Trukikaitis_Postimees, lk 25
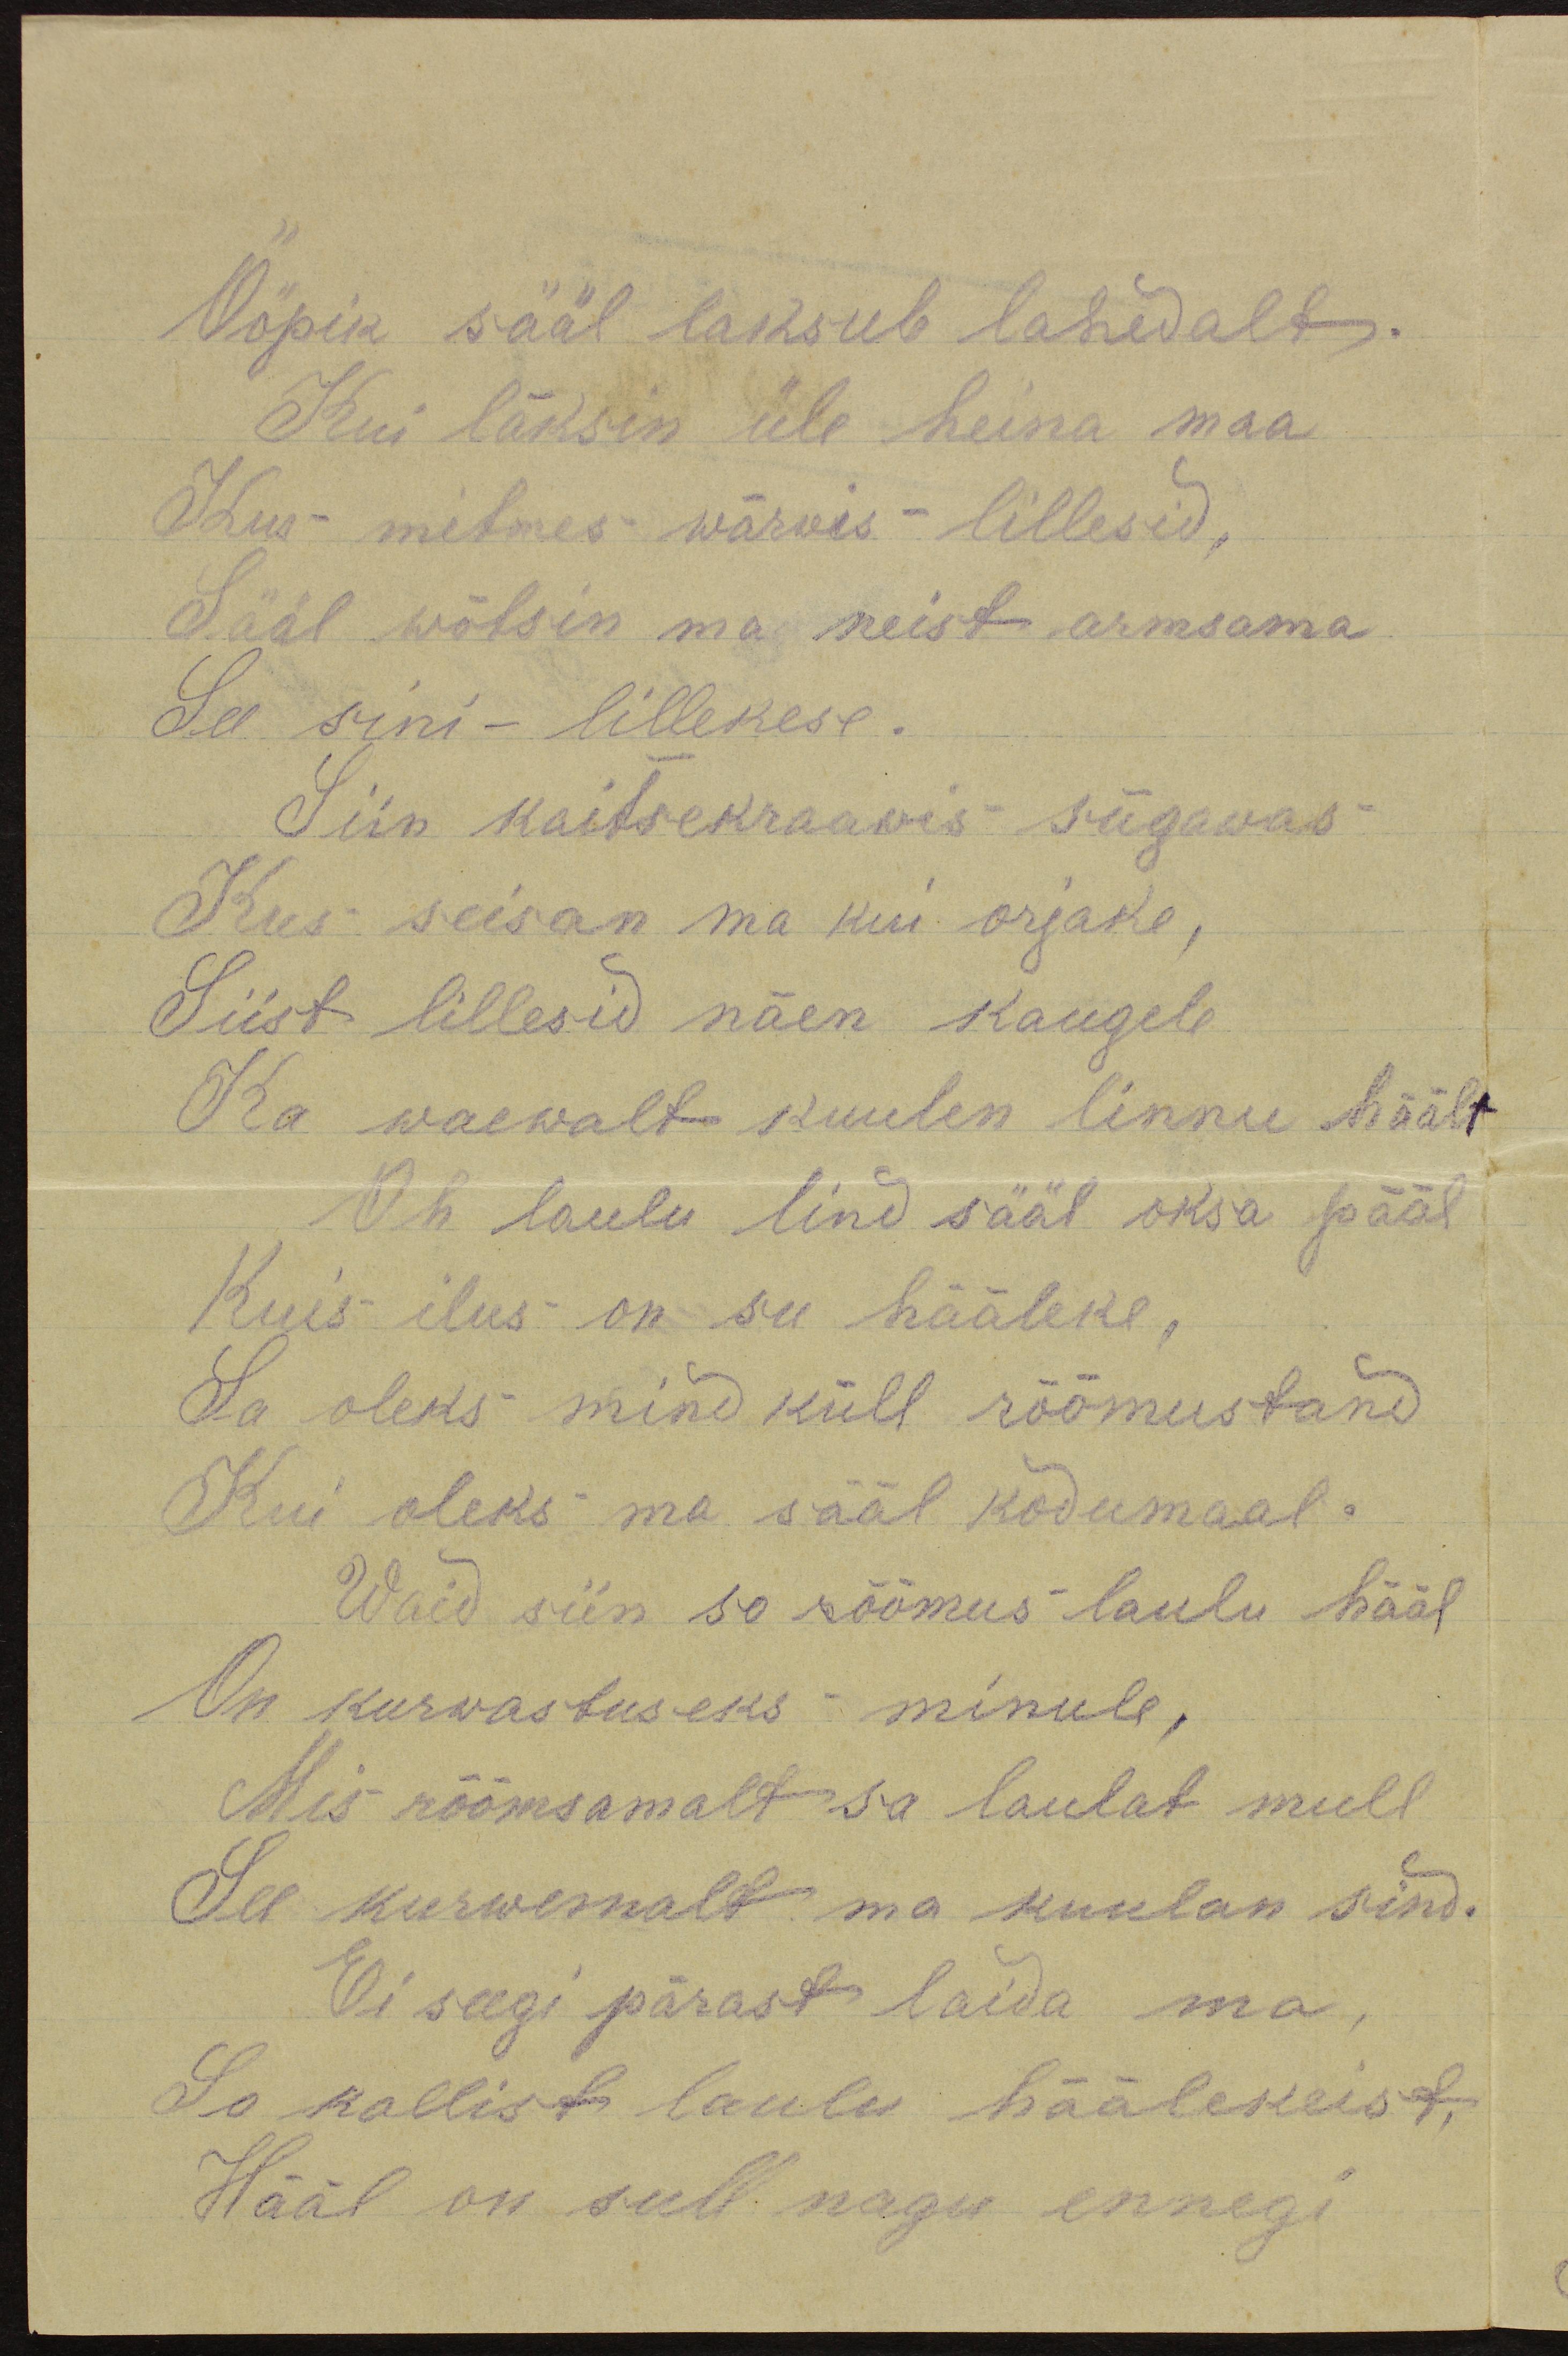
Ööpik sääl laksub lahedalt.
Kui läksin üle heina maa
Kus mitmes wärwis lillesid,
Sääl wõtsin ma neist armsama
See sini - lillekese.
Siin kaitsekraawis sügawas
Kus seisan ma kui orjake,
Siist lillesid näen kaugele
Ka waewalt kuulen linnu häält
Oh laulu lind sääl oksa pääl
Kuis ilus on su hääleke,
Sa oleks mind küll rõõmustand
Kui oleks ma sääl kodumaal.
Waid siin so rõõmus laulu hääl
On kurwastuseks minule,
Mis rõõmsamalt sa laulat mull
See kurwemalt ma kuulan sind.
Ei seegi pärast laida ma,
So kallist laulu häälekeist,
Hääl on sull nagu ennegi